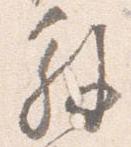
解